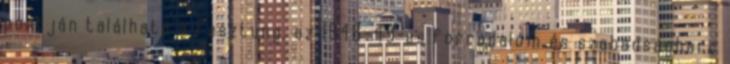
pontján található a Fesztung, az 1848–49-es forradalom és szabadságharc